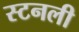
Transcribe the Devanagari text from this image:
स्टनली